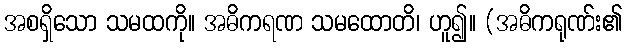
အစရှိသော သမထကို။ အဓိကရဏ သမထောတိ၊ ဟူ၍။ (အဓိကရုဏ်း၏